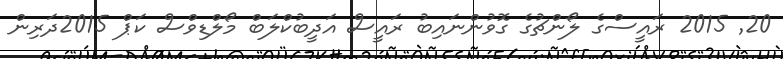
20